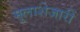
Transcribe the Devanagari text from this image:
मुलाशेजारीं